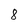
Character: 8